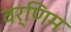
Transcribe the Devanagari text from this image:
वर्णिम